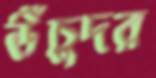
উঁচুদর